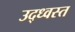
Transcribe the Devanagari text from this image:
उद्‌ध्‍वस्त